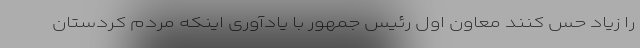
را زیاد حس کنند معاون اول رئیس جمهور با یادآوری اینکه مردم کردستان